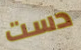
دست